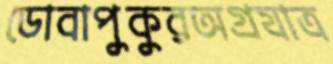
ডোবাপুকুরঅগ্রযাত্র